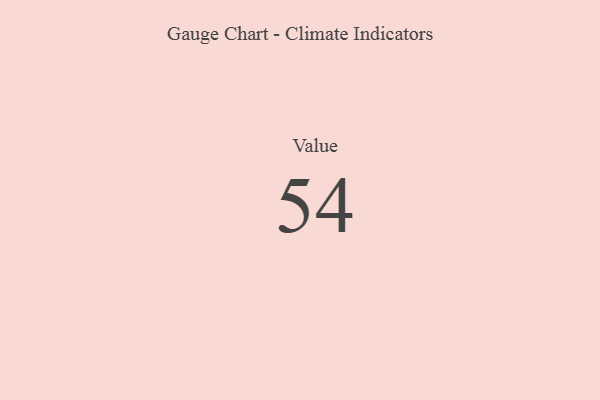
{"axis": {"x": "Metric", "y": "Value"}, "legend": [""], "data": [{"x": "Value", "y": 54, "type": ""}]}